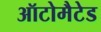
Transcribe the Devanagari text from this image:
ऑटोमैटेड